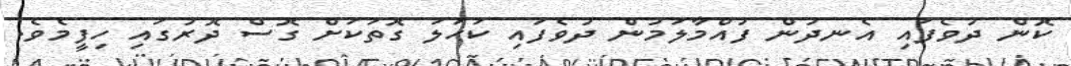
ކޮން ދުވެފައި އެނދުން ފުއްމާލަމުން ދުވެފައި ކަހަލަ ގޮތަކަށް ގޮސް ދޮރުގައި ހިފީމެވެ.